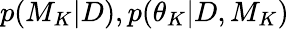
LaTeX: p(M_{K}|D),p(\theta_{K}|D,M_{K})